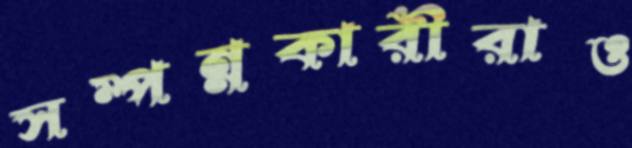
সম্পন্নকারীরাও